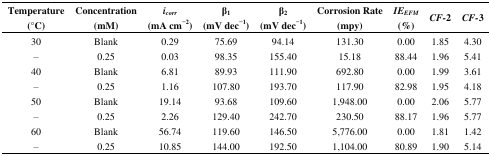
<table><thead><tr><td><b>Temperature (°C)</b></td><td><b>Concentration (mM)</b></td><td><b><i>i<sub>corr</sub></i> (mA cm<sup>−2</sup>)</b></td><td><b>β<sub>1</sub> (mV dec<sup>−1</sup>)</b></td><td><b>β<sub>2</sub> (mV dec<sup>−1</sup>)</b></td><td><b>Corrosion Rate (mpy)</b></td><td><b><i>IE<sub>EFM</sub></i> (%)</b></td><td><b><i>CF</i>-2</b></td><td><b><i>CF</i>-3</b></td></tr></thead><tbody><tr><td>30</td><td>Blank</td><td>0.29</td><td>75.69</td><td>94.14</td><td>131.30</td><td>0.00</td><td>1.85</td><td>4.30</td></tr><tr><td>–</td><td>0.25</td><td>0.03</td><td>98.35</td><td>155.40</td><td>15.18</td><td>88.44</td><td>1.96</td><td>5.41</td></tr><tr><td>40</td><td>Blank</td><td>6.81</td><td>89.93</td><td>111.90</td><td>692.80</td><td>0.00</td><td>1.99</td><td>3.61</td></tr><tr><td>–</td><td>0.25</td><td>1.16</td><td>107.80</td><td>193.70</td><td>117.90</td><td>82.98</td><td>1.95</td><td>4.18</td></tr><tr><td>50</td><td>Blank</td><td>19.14</td><td>93.68</td><td>109.60</td><td>1,948.00</td><td>0.00</td><td>2.06</td><td>5.77</td></tr><tr><td>–</td><td>0.25</td><td>2.26</td><td>129.40</td><td>242.70</td><td>230.50</td><td>88.17</td><td>1.96</td><td>5.77</td></tr><tr><td>60</td><td>Blank</td><td>56.74</td><td>119.60</td><td>146.50</td><td>5,776.00</td><td>0.00</td><td>1.81</td><td>1.42</td></tr><tr><td>–</td><td>0.25</td><td>10.85</td><td>144.00</td><td>192.50</td><td>1,104.00</td><td>80.89</td><td>1.90</td><td>5.14</td></tr></tbody></table>